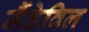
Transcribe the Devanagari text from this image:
मैंडेविल